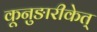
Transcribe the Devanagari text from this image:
कूनुङारीकेत्